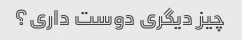
چیز دیگری دوست داری؟